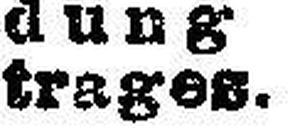
trages.